Leaving Certificate Examination (including Day School Certificate (Higher) General paper), 1930
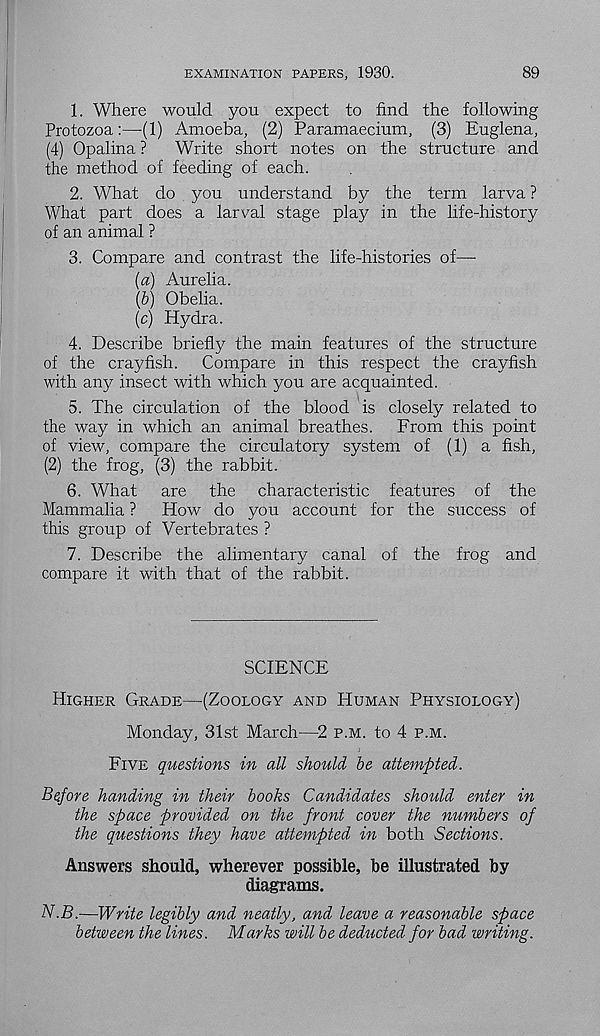
EXAMINATION PAPERS, 1930.
89
1. Where would you expect to find the following
Protozoa:—(1) Amoeba, (2) Paramaecium, (3) Euglena,
(4) Opalina ?
Write short notes on the structure and
the method of feeding of each.
2. What do you understand by the term larva ?
What part does a larval stage play in the life-history
of an animal ?
3. Compare and contrast the life-histories of—
(«) Aurelia.
(6) Obelia.
(c) Hydra.
4. Describe briefly the main features of the structure
of the crayfish.
Compare in this respect the crayfish
with any insect with which you are acquainted.
5. The circulation of the blood is closely related to
the way in which an animal breathes.
From this point
of view, compare the circulatory system of (1) a fish,
(2) the frog, (3) the rabbit.
6. What
are the characteristic features of the
Mammalia ?
How do you account for the success of
this group of Vertebrates ?
7. Describe the alimentary canal of the frog and
compare it with that of the rabbit.
SCIENCE
Higher Grade—(Zoology and Human Physiology)
Monday, 31st March—2 p.m. to 4 p.m.
Five questions in all should be attempted.
Before handing in their books Candidates should enter in
the space provided on the front cover the numbers of
the questions they have attempted in both Sections.
Answers should, wherever possible, be illustrated by
diagrams.
N.B.—Write legibly and neatly, and leave a reasonable space
between the lines. Marks will be deducted for bad writing.